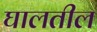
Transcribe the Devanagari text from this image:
घालतील